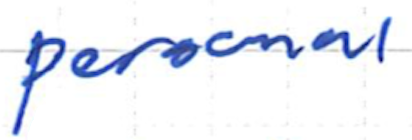
Text: personal
Cross-out: clean
Writing tool: ballpoint